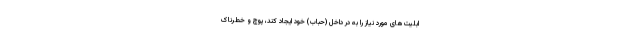
ابلیت‌های مورد نیاز را به در داخل (حباب) خود ایجاد کند، پوچ و خطرناک